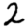
Digit: 2